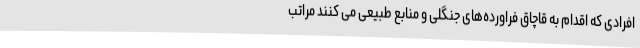
افرادی که اقدام به قاچاق فراورده‌های جنگلی و منابع طبیعی می کنند مراتب